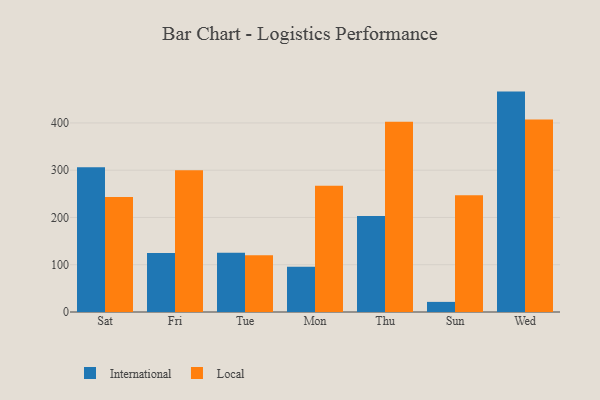
{"axis": {"x": "Day", "y": "Conversion Rate (%)"}, "legend": ["International", "Local"], "data": [{"x": "Sat", "y": 306.4, "type": "International"}, {"x": "Sat", "y": 243.3, "type": "Local"}, {"x": "Fri", "y": 125.0, "type": "International"}, {"x": "Fri", "y": 300.0, "type": "Local"}, {"x": "Tue", "y": 125.5, "type": "International"}, {"x": "Tue", "y": 120.1, "type": "Local"}, {"x": "Mon", "y": 95.8, "type": "International"}, {"x": "Mon", "y": 267.0, "type": "Local"}, {"x": "Thu", "y": 203.0, "type": "International"}, {"x": "Thu", "y": 402.5, "type": "Local"}, {"x": "Sun", "y": 21.4, "type": "International"}, {"x": "Sun", "y": 246.9, "type": "Local"}, {"x": "Wed", "y": 466.3, "type": "International"}, {"x": "Wed", "y": 407.5, "type": "Local"}]}